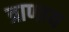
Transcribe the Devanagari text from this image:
त्राणाय